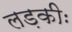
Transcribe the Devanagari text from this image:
लड़कीः